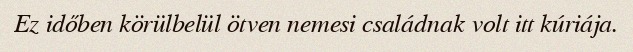
Ez időben körülbelül ötven nemesi családnak volt itt kúriája.